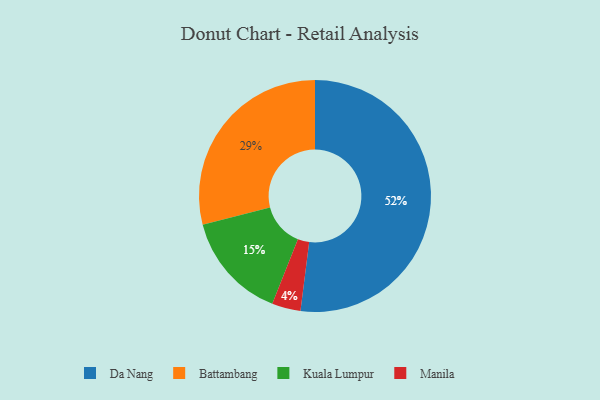
{"axis": {"x": "Category", "y": "Percentage"}, "legend": ["Battambang", "Da Nang", "Kuala Lumpur", "Manila"], "data": [{"x": "Battambang", "y": 29, "type": "Battambang"}, {"x": "Kuala Lumpur", "y": 15, "type": "Kuala Lumpur"}, {"x": "Da Nang", "y": 52, "type": "Da Nang"}, {"x": "Manila", "y": 4, "type": "Manila"}]}